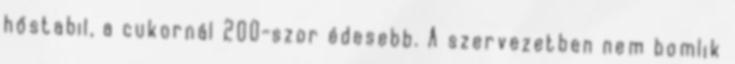
hőstabil, a cukornál 200-szor édesebb. A szervezetben nem bomlik